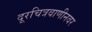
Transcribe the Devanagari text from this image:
दूरचित्रवाणीनवर